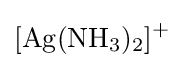
{\ce {[Ag(NH3)2]+}}